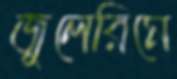
জুলেরিমে